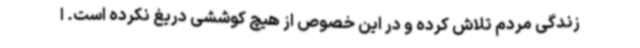
زندگی مردم تلاش کرده و در این خصوص از هیچ کوششی دریغ نکرده است. ا